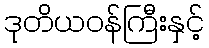
ဒုတိယဝန်ကြီးနှင့်